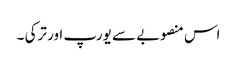
اس منصوبے سے یورپ اور ترکی ۔